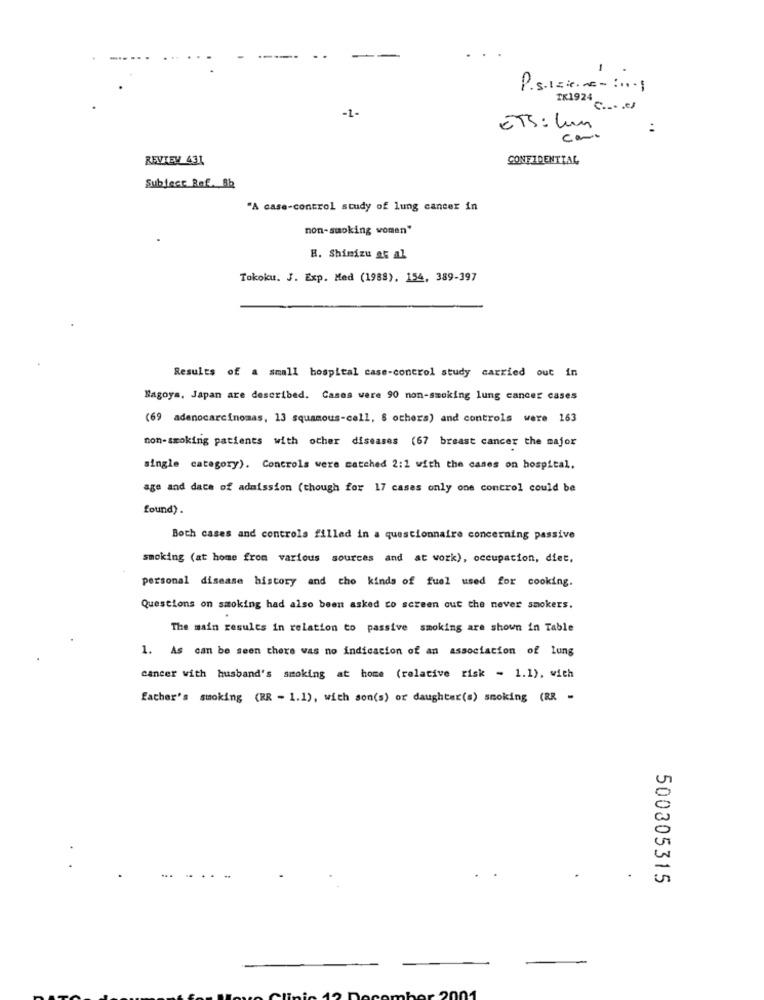
1
P.s.1 =:--:...
TK1924
-1-
ETS: Lun
:
cami
REVIEW 431
CONFIDENTIAL
Subject Bef. 8b
"A case-control study of lung cancer in
non-smoking women"
H. Shimizu at al
Tokoku. J. Exp. Med (1988), 154, 389-397
Results of a small hospital case-control study carried out in
Nagoya. Japan are described. Cases were 90 non-smoking lung cancer cases
(69 adenocarcinomas, 13 squamous-cell, 8 others) and controls were 163
non-smoking patients with other diseases (67 breast cancer the major
single category). Controls were matched 2:1 with the cases on hospital.
age and date of admission (though for 17 cases only one control could be
found) .
Both cases and controls filled in a questionnaire concerning passive
smoking (at home from various sources and at work), occupation, diet,
personal disease history and cho kinds of fuel used for cooking.
Questions on smoking had also been asked to screen out the never smokers.
The main resules in relation to passive smoking are shown in Table
1. As can be seen there was no indication of an association of lung
cancer with husband's smoking at home (relative risk - 1.1), with
father's smoking (RR - 1.1), with son(s) or daughter(a) smoking (RR -
500305315